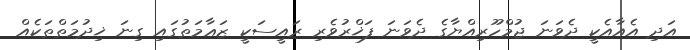
އަދި އެއާއެކީ ދެވަނަ ޖުމްހޫރިއްޔާގެ ދެވަނަ ފަޚްރުވެރި ރައީސަކީ ޒަޢާމަތުގައި ގިނަ ޚިދުމަތްތަކެއް